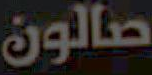
صالون